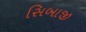
સિબાજી